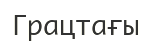
Грацтағы